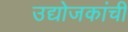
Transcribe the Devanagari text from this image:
उद्योजकांची